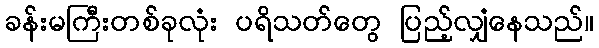
ခန်းမကြီးတစ်ခုလုံး ပရိသတ်တွေ ပြည့်လျှံနေသည်။